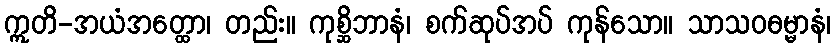
ဣတိ-အယံအတ္ထော၊ တည်း။ ကုစ္ဆိဘာနံ၊ စက်ဆုပ်အပ် ကုန်သော။ သာသဝဓမ္မာနံ၊